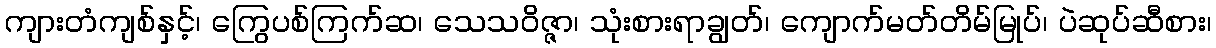
ကျားတံကျစ်နှင့်၊ ကြွေပစ်ကြက်ဆ၊ သေသဝိဇ္ဇာ၊ သုံးစားရာချွတ်၊ ကျောက်မတ်တိမ်မြုပ်၊ ပဲဆုပ်ဆီစား၊